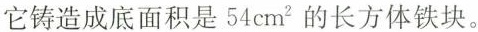
它铸造成底面积是54cm^{ 2}的长方体铁块。